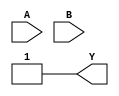
module XOR_gate(
    input A,
    input B,
    output Y
);

wire not_B;
wire nand_out;
wire nand_out_inv;

// Inverter for input B
assign not_B = ~B;

// Transmission gates for input signals A and not B
assign nand_out = A & not_B;

// Inverter for the output of the NAND gate
assign nand_out_inv = ~nand_out;

// Output of the XOR gate
assign Y = nand_out | nand_out_inv;

endmodule